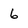
Character: 6